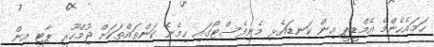
ހަމައެހެންމެ އެމްޑީޕީ އިން ކަނޑައެޅި މެނިފެސްޓޯގައި ހިމެނޭ ކަންތައްތަކަށް ޖުމްހޫރީ ޕާޓީ އިން